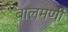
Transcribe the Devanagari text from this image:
बालमणी